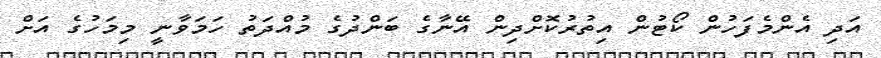
އަދި އެންމެފަހުން ކޯޓުން އިތުރުކޮށްދިން އޭނާގެ ބަންދުގެ މުއްދަތު ހަމަވާނީ މިމަހުގެ އަށް